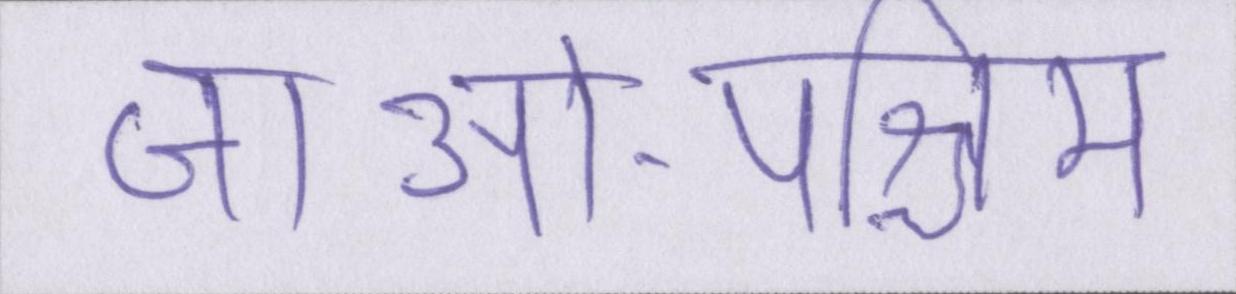
जाओ-पश्चिम